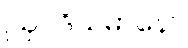
ဩဝဒိယမာနော